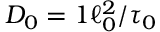
D _ { 0 } = 1 \ell _ { 0 } ^ { 2 } / \tau _ { 0 }